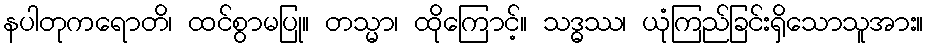
နပါတုကရောတိ၊ ထင်စွာမပြု။ တသ္မာ၊ ထိုကြောင့်။ သဒ္ဓဿ၊ ယုံကြည်ခြင်းရှိသောသူအား။